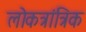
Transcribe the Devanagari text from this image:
लोकत्रांत्रिक